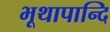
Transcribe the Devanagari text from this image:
भूथापान्दि